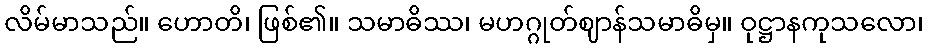
လိမ်မာသည်။ ဟောတိ၊ ဖြစ်၏။ သမာဓိဿ၊ မဟဂ္ဂုတ်ဈာန်သမာဓိမှ။ ဝုဋ္ဌာနကုသလော၊